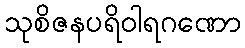
သုစိဇနပရိဝါရဂဏော